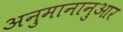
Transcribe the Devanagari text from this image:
अनुमानानुआर